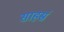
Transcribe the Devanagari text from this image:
साहस्रं